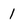
Character: 1